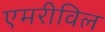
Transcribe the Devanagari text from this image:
एमरीविल